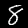
Digit: 8